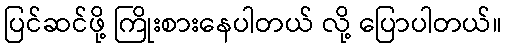
ပြင်ဆင်ဖို့ ကြိုးစားနေပါတယ် လို့ ပြောပါတယ်။